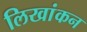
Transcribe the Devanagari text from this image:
लिखांकन